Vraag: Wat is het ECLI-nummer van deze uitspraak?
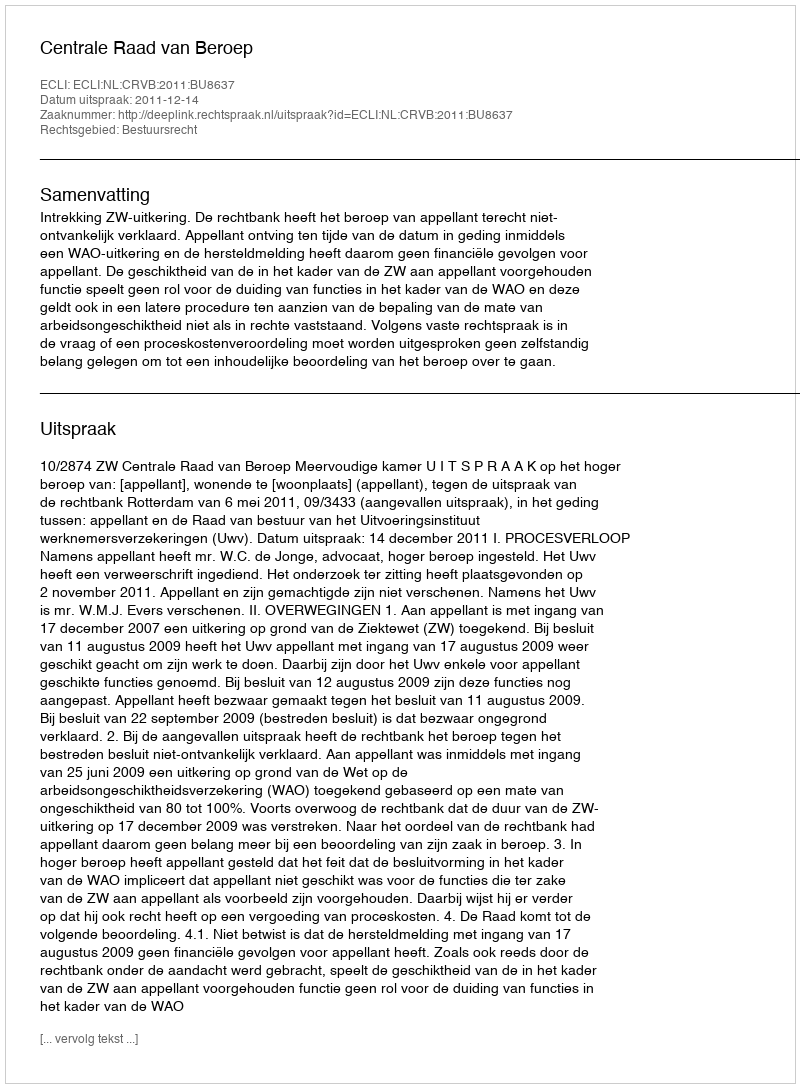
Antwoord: ECLI:NL:CRVB:2011:BU8637